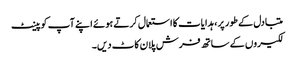
متبادل کے طور پر ، ہدایات کا استعمال کرتے ہوئے اپنے آپ کو پینٹ
لکیروں کے ساتھ فرش پلان کاٹ دیں۔